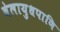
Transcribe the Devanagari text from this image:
वेलायुधपाणि